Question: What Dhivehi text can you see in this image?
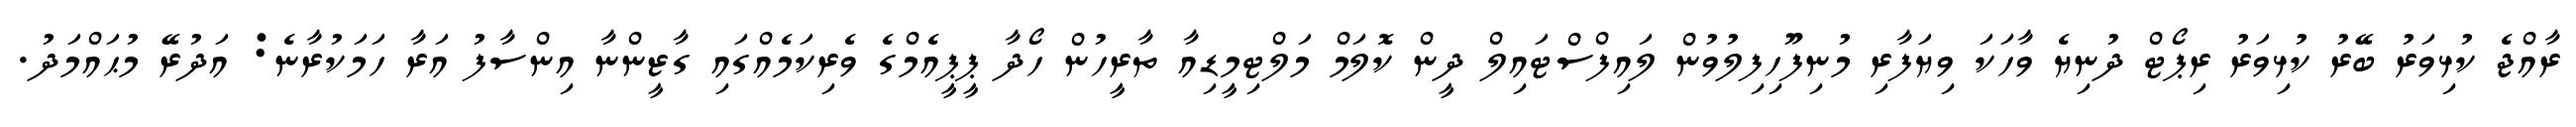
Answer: ރާއްޖެ ކުޅިވަރު ބޭރު ކުޅިވަރު ރިޕޯޓް ދުނިޔެ ވާހަކަ ވިޔަފާރި މުނިފޫހިފިލުވުން ލައިފްސްޓައިލް ދީން ކޮލަމް މަލްޓިމީޑިއާ ތާރީހުން ހޯދާ ޕީޕީއެމްގެ ވެރިކަމެއްގައި ގާޒީންނާ އިންސާފު އަރާ ހަމަކުރާނެ: އަދުރޭ މުޙައްމަދު.